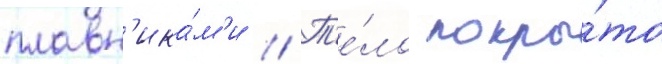
плавн'ика́м'и // Т'е́ло покры́то